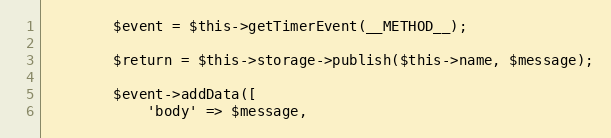
Language: PHP
        $event = $this->getTimerEvent(__METHOD__);

        $return = $this->storage->publish($this->name, $message);

        $event->addData([
            'body' => $message,